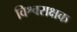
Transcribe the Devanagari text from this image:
विश्वराक्षक